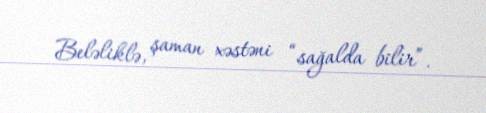
Beləliklə, şaman xəstəni “sağalda bilir”.